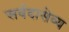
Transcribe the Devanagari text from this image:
सर्वदासेव्य